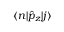
\langle n | \hat { p } _ { z } | j \rangle